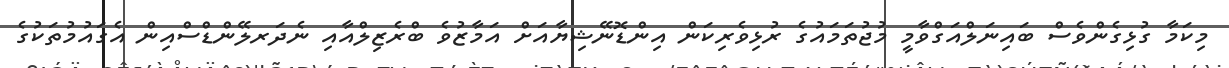
މިކަމާ ގުޅިގެންވެސް ބައިނަލްއަގްވާމީ މުޖުތަމައުގެ ރުޅިވެރިކަން އިންޑޮނޭޝިޔާއަށް އަމާޒުވެ ބްރެޒިލްއާއި ނެދަރލޭންޑްސްއިން އެގައުމުތަކުގެ